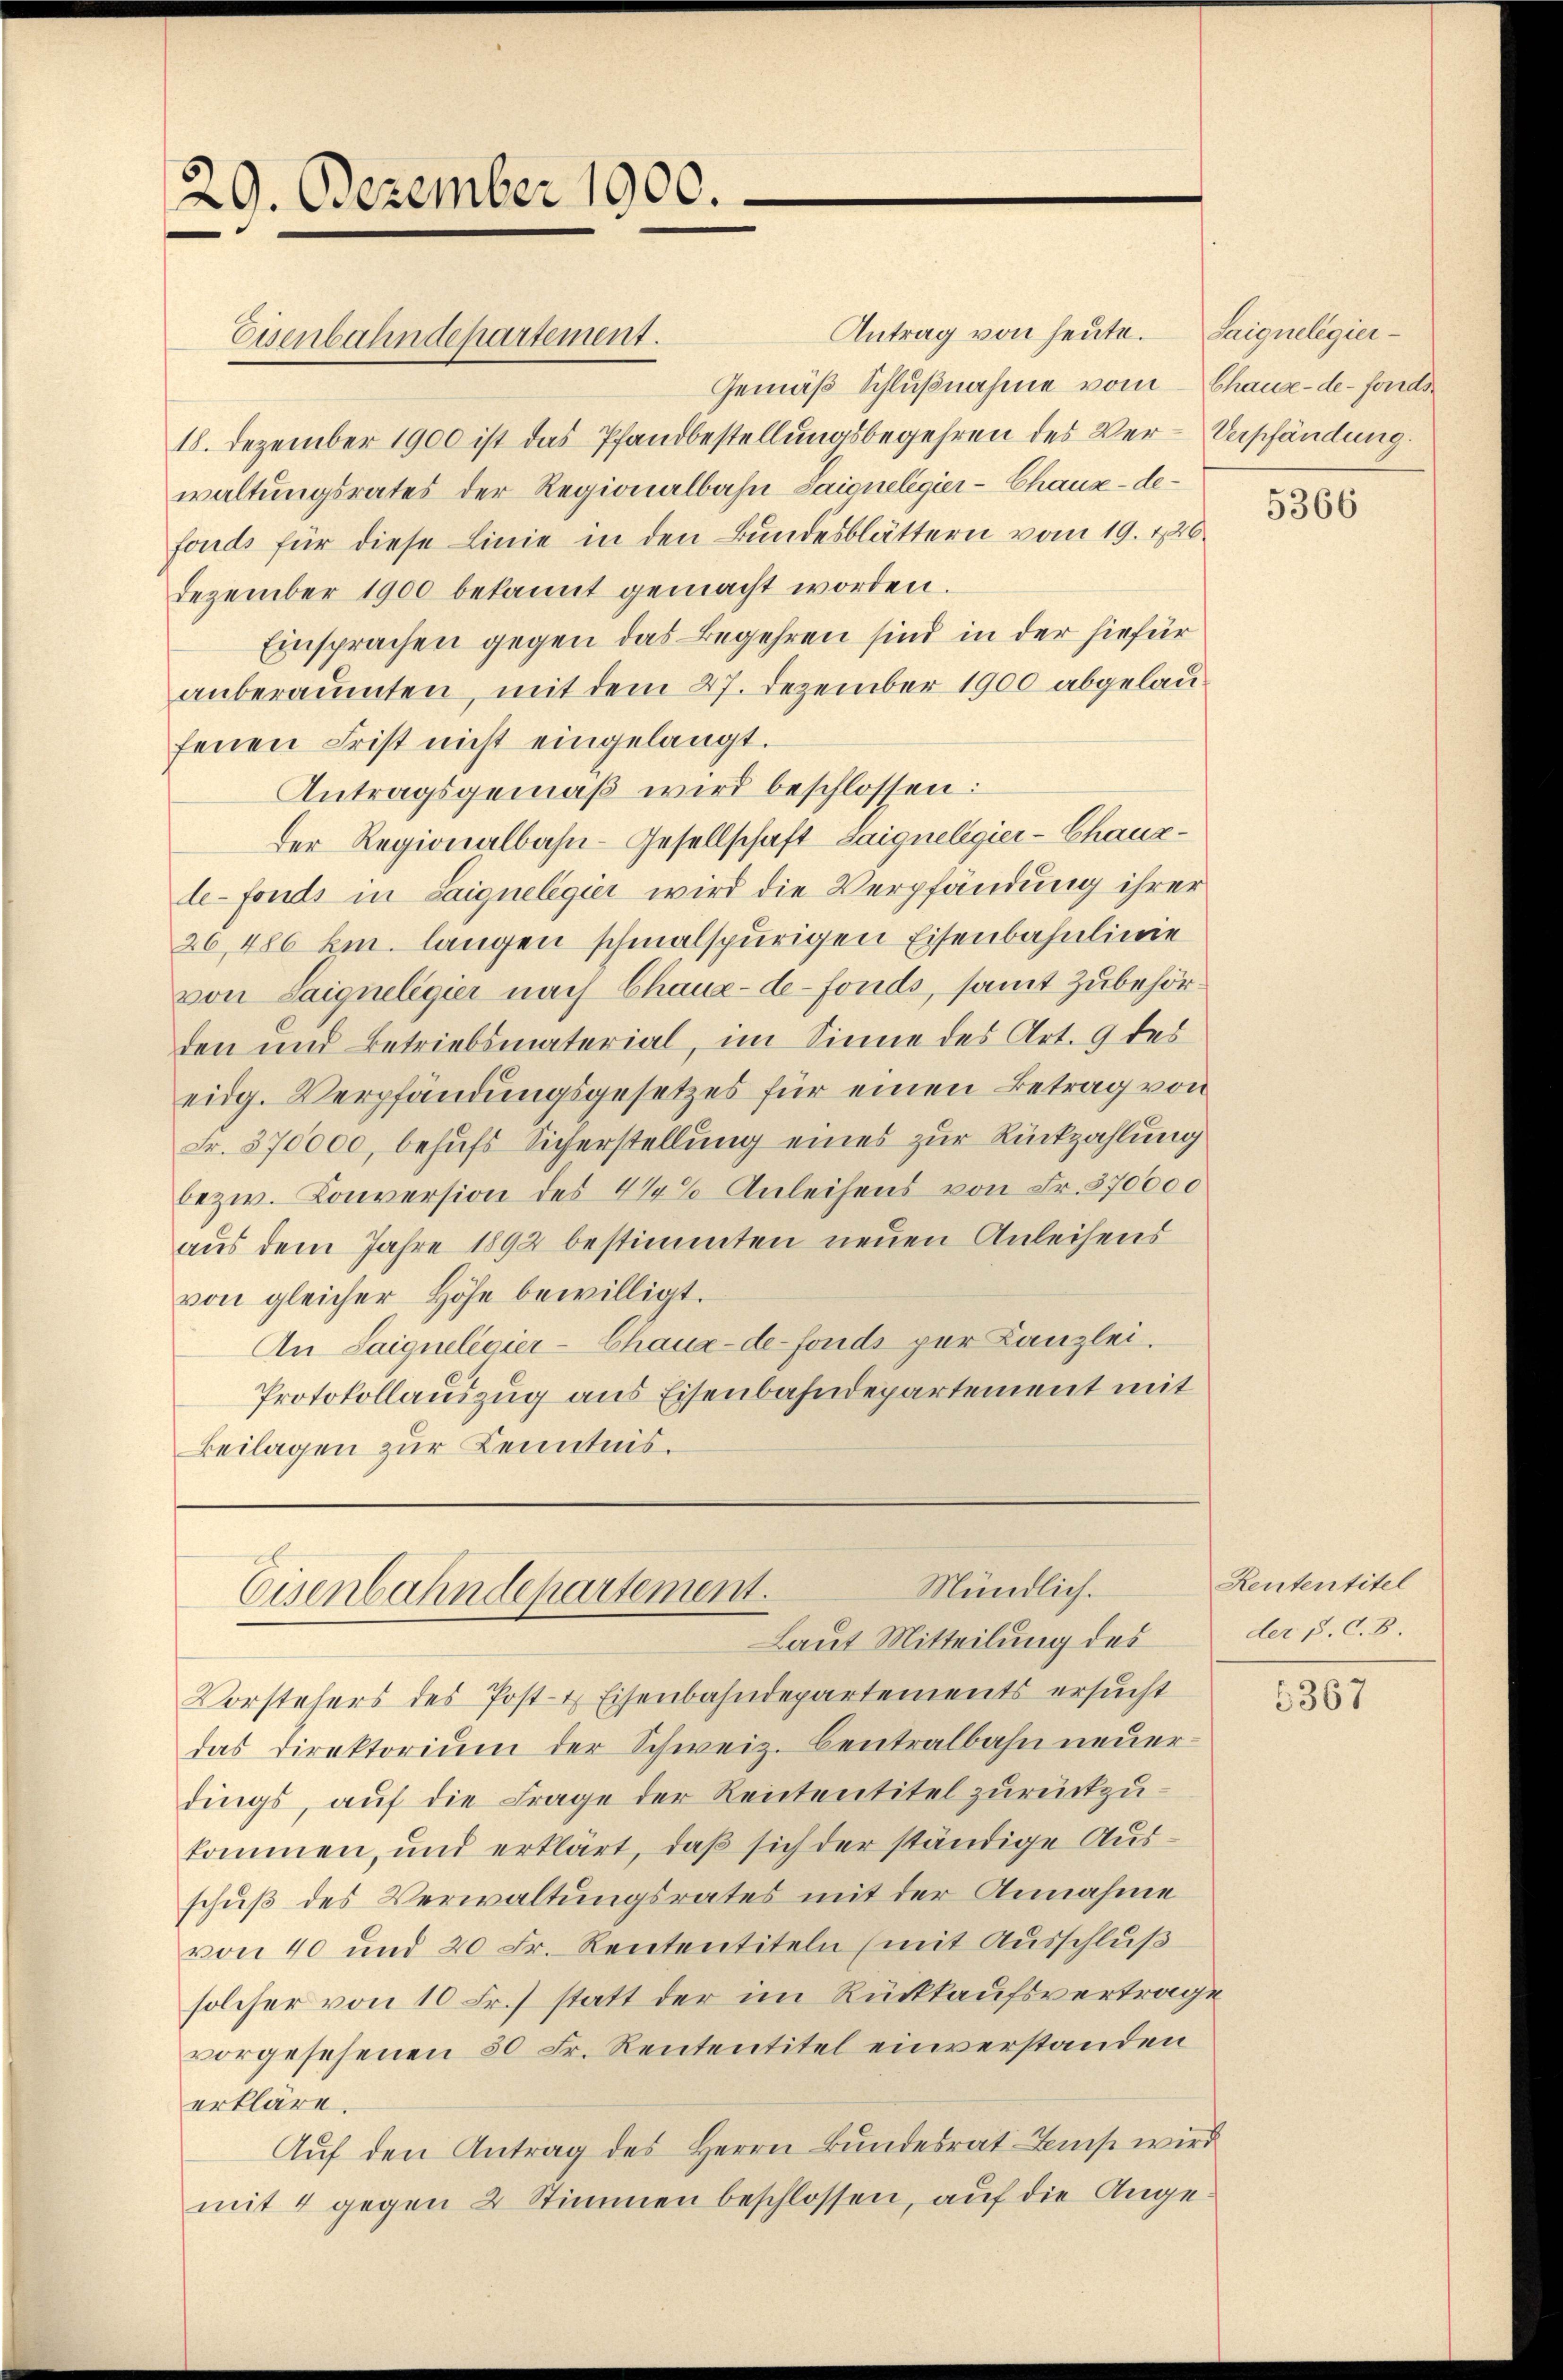
29. Dezember 1900.

Antrag von heute. Saigneligier¬
Gemäß Schlußnahme vom
18. Dezember 1900 ist das Pfandbestellungsbegehren des Ver- Verpfändung.
waltungsrates der Regionalbahn Saionelegier-Chaux-de-
fonds für diese Linie in den Bundesblättern vom 19. 426.
Dezember 1900 bekannt gemacht worden.
Einsprachen gegen das Begehren sind in der hiefür
anberaumten, mit dem 27. Dezember 1900 abgelaufenen Frist nicht eingelangt.
Antragsgemäß wird beschlossen:
Der Regionalbahn-Gesellschaft saignelegier-Chausde-Fonds in Saigneligier wird die Verpfändung ihrer
26,486 km. langen schmalspurigen Eisenbahnlinie
von Saiqueligier nach Chaux-de-Fonds, samt Zubehörden und Betriebsmaterial, im Sinne des Art. 9 des
eidg. Verpfändungsgesetzes für einen Betrag von
Fr. 370000, behufs Sicherstellung eines zur Rückzahlung
bezw. Conversion des 1/4% Anleihens von Fr. 370000
aus dem Jahre 1892 bestimmten neuen Anleihens
von gleicher Höhe bewilligt.
An Saignelegier-Chaux-de-Fonds per Kanzlei.
Protokollauszug aus Eisenbahndepartement mit
Beilagen zur Kenntnis.

Eisenbahndepartement.

Mündlich.
Eisenbahndepartement.
Laut Mitteilung des

Chause-de-Fonds

Vorstehers des Post- & Eisenbahndepartements ersucht
das Direktorium der Schweiz. Centralbahn neuerdings, auf die Frage der Rententitel zurückzukommen, und erklärt, daß sich der ständige Ausschuß des Verwaltungsrates mit der Annahme
von 40 und 20 Fr. Rententiteln (mit Ausschluß
solcher von 10 Fr.] statt der im Rückkaufsvertrage
vorgesehenen 50 Fr. Rententitel einverstanden
erkläre.
Auf den Antrag des Herrn Bundesratens wird
mit 4 gegen 2 Stimmen beschlossen, auf die Ange¬

5366

Rententitel
der 5. d. 8.

2367